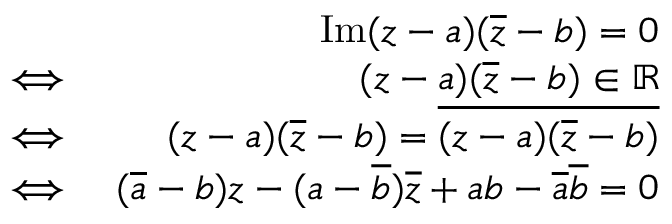
\begin{array} { r l r } & { } & { \mathrm { I m } ( z - a ) ( \overline { { z } } - b ) = 0 } \\ & { \iff } & { ( z - a ) ( \overline { { z } } - b ) \in \mathbb R } \\ & { \iff } & { ( z - a ) ( \overline { { z } } - b ) = \overline { { ( z - a ) ( \overline { { z } } - b ) } } } \\ & { \iff } & { ( \overline { { a } } - b ) z - ( a - \overline { { b } } ) \overline { { z } } + a b - \overline { { a } } \overline { { b } } = 0 } \end{array}